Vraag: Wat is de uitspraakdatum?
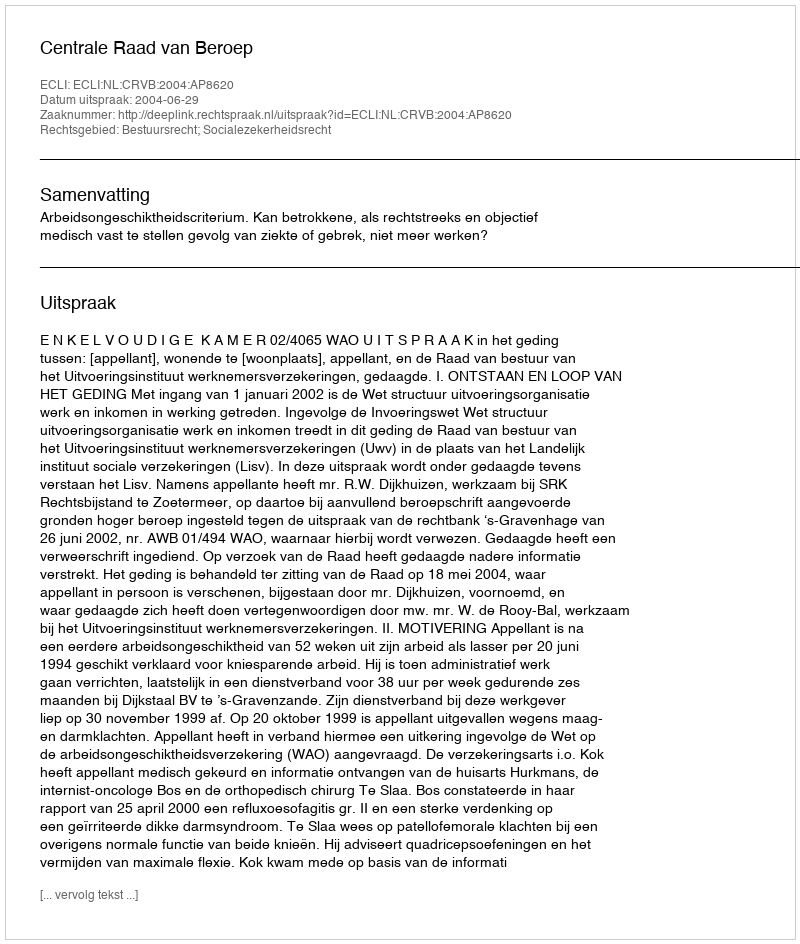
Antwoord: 2004-06-29